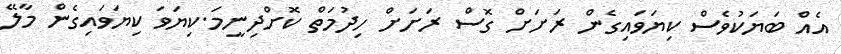
އެއް ބަޔަކުވެސް ކިޔަވައިގެން ރަށަށް ގޮސް ރަށަށް ހިދުމަތް ކޮށްދިނީމަ.ކިޔަވަ ކިޔަވައިގެން މާލޭ